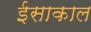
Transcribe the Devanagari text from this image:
ईसाकाल